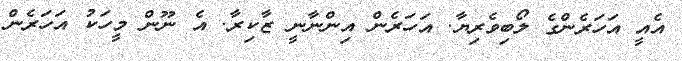
އެއީ އަހަރެންގެ ލޯބިވެރިޔާ. އަހަރެން އިންނާނީ ޒާކިރާ. އެ ނޫން މީހަކު އަހަރެން